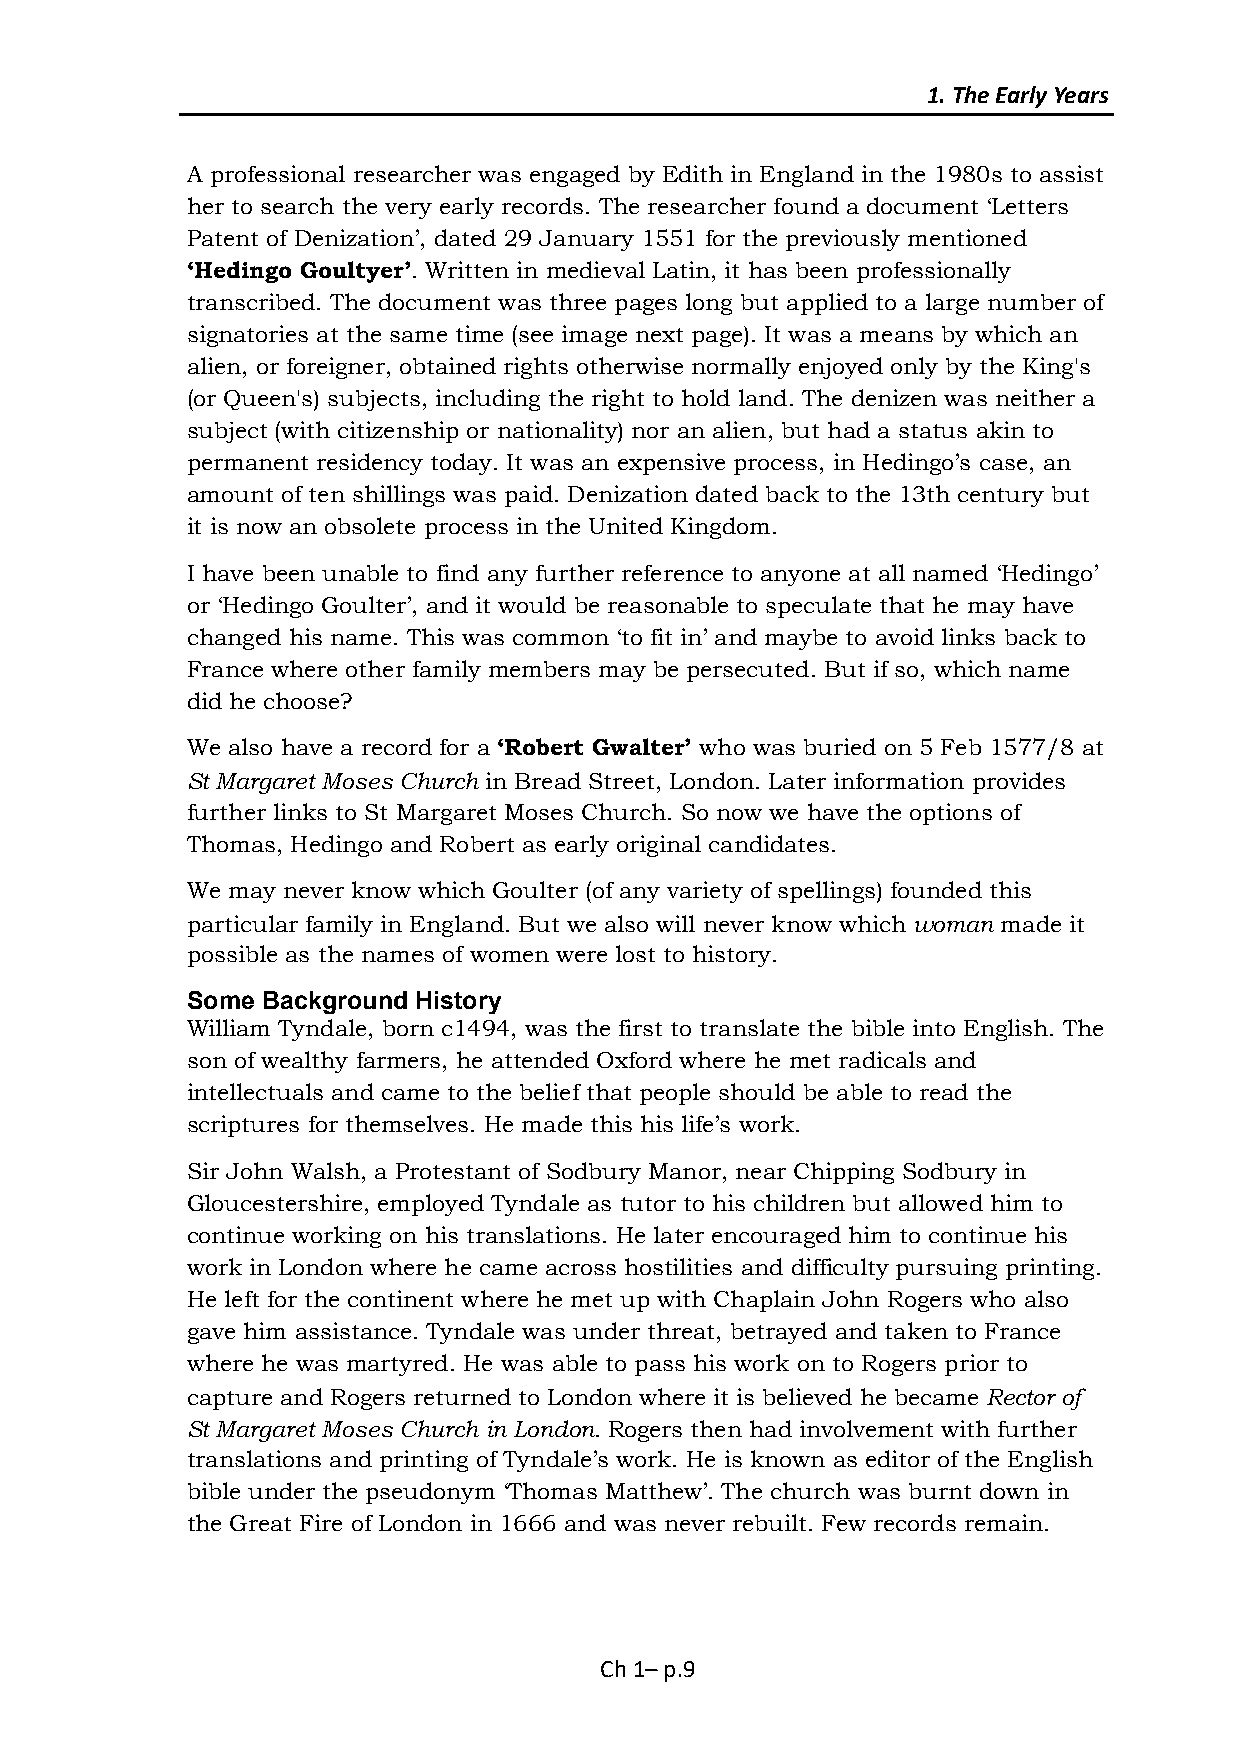
1. The Early Years
 A professional researcher was engaged by Edith in England in the 1980s to assist
 her to search the very early records. The researcher found a document ‘Letters
 Patent of Denization’, dated 29 January 1551 for the previously mentioned
 ‘Hedingo Goultyer’. Written in medieval Latin, it has been professionally
 transcribed. The document was three pages long but applied to a large number of
 signatories at the same time (see image next page). It was a means by which an
 alien, or foreigner, obtained rights otherwise normally enjoyed only by the King's
 (or Queen's) subjects, including the right to hold land. The denizen was neither a
 subject (with citizenship or nationality) nor an alien, but had a status akin to
 permanent residency today. It was an expensive process, in Hedingo’s case, an
 amount of ten shillings was paid. Denization dated back to the 13th century but
 it is now an obsolete process in the United Kingdom.
 I have been unable to find any further reference to anyone at all named ‘Hedingo’
 or ‘Hedingo Goulter’, and it would be reasonable to speculate that he may have
 changed his name. This was common ‘to fit in’ and maybe to avoid links back to
 France where other family members may be persecuted. But if so, which name
 did he choose?
 We also have a record for a ‘Robert Gwalter’ who was buried on 5 Feb 1577/8 at
 St Margaret Moses Church in Bread Street, London. Later information provides
 further links to St Margaret Moses Church. So now we have the options of
 Thomas, Hedingo and Robert as early original candidates.
 We may never know which Goulter (of any variety of spellings) founded this
 particular family in England. But we also will never know which woman made it
 possible as the names of women were lost to history.
 Some Background History
 William Tyndale, born c1494, was the first to translate the bible into English. The
 son of wealthy farmers, he attended Oxford where he met radicals and
 intellectuals and came to the belief that people should be able to read the
 scriptures for themselves. He made this his life’s work.
 Sir John Walsh, a Protestant of Sodbury Manor, near Chipping Sodbury in
 Gloucestershire, employed Tyndale as tutor to his children but allowed him to
 continue working on his translations. He later encouraged him to continue his
 work in London where he came across hostilities and difficulty pursuing printing.
 He left for the continent where he met up with Chaplain John Rogers who also
 gave him assistance. Tyndale was under threat, betrayed and taken to France
 where he was martyred. He was able to pass his work on to Rogers prior to
 capture and Rogers returned to London where it is believed he became Rector of
 St Margaret Moses Church in London. Rogers then had involvement with further
 translations and printing of Tyndale’s work. He is known as editor of the English
 bible under the pseudonym ‘Thomas Matthew’. The church was burnt down in
 the Great Fire of London in 1666 and was never rebuilt. Few records remain.
 Ch 1– p.9